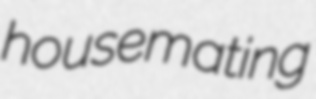
housemating